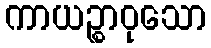
ကာယဉ္စာဝုသော